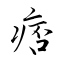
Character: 痞